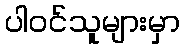
ပါဝင်သူများမှာ